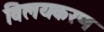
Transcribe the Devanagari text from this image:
विलयकरण